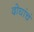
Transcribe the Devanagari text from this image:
दोघांचं